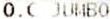
O.C JUMBO